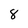
Character: 8